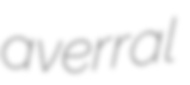
averral